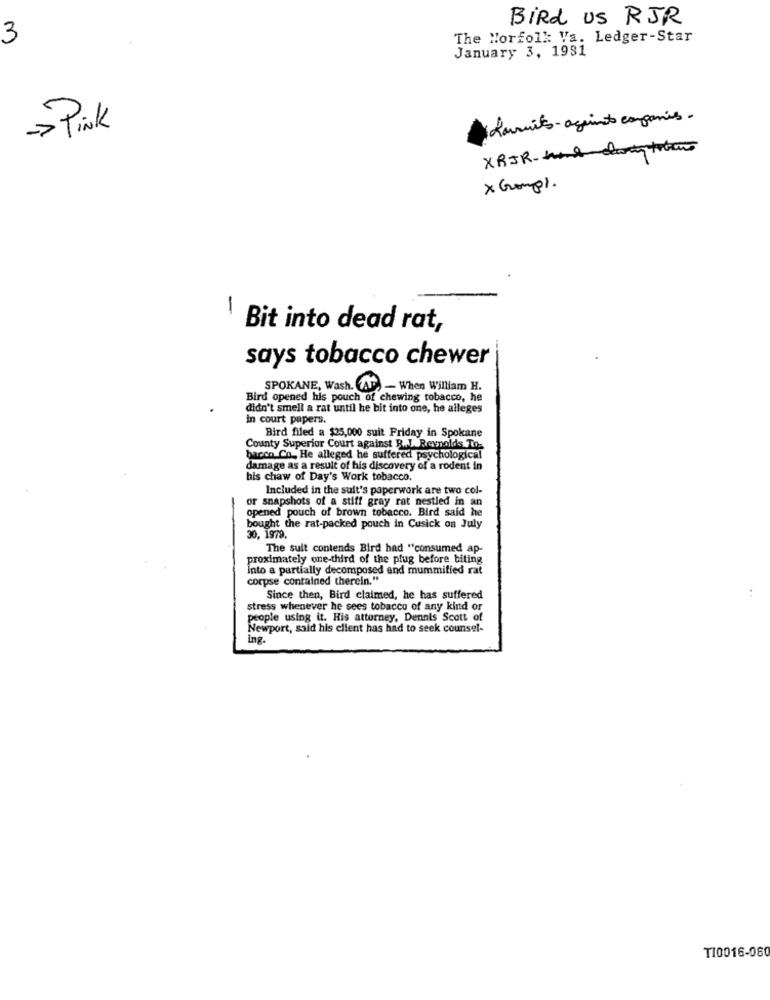
Bird US RJR
3
The Norfolk: Va. Ledger-Star
January 3, 1981
Lamuito- aquinto companies.
->Pink
XRJR.hnedanty totens
x Groups.
-
Bit into dead rat,
says tobacco chewer
SPOKANE, Wash. (AF) - When William H.
Bird opened his pouch of chewing tobacco, he
didn't smell a rat until he bit into one, he alleges
In court pupers.
Bird filed a $25,000 suit Friday in Spokane
County Superior Court against R.J. Reynolds To.
bacon Co. He alleged he suffered psychological
damage as a result of his discovery of a rodent in
his chaw of Day's Work tobacco.
Included in the suit's paperwork are two col-
or snapshots of a stiff gray rat nestled in an
opened pouch of brown tobacco. Bird said he
bought the rat-packed pouch in Cusick on July
30, 1979.
The suit contends Bird had "consumed ap-
proximately one-third of the plug before biting
Into a partially decomposed and mummified rat
corpse contained therein."
Since then, Bird claimed, he has suffered
stress whenever he sees tobacco of any kind or
people using it. His attorney, Dennis Scott of
Newport, said his client has had to seek counsel-
ing.
T10016-060